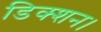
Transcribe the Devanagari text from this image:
डिक्शन।